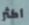
أكثر